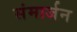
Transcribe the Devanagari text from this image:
संमार्जन